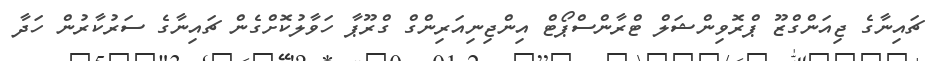
ޗައިނާގެ ޖިއަންގްޒޫ ޕްރޮވިންޝަލް ޓްރާންސްޕޯޓް އިންޖިނިއަރިންގް ގްރޫޕާ ހަވާލުކޮށްގެން ޗައިނާގެ ސަރުކާރުން ހަދާ